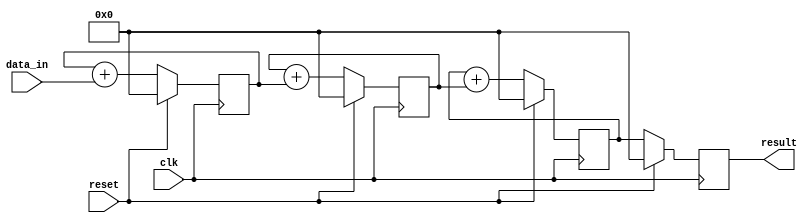
module cascaded_accumulator (
    input clk,
    input reset,
    input [7:0] data_in,
    output reg [15:0] result
);

reg [15:0] temp_result1;
reg [15:0] temp_result2;
reg [15:0] temp_result3;

always @(posedge clk) begin
    if (reset) begin
        temp_result1 <= 16'b0;
        temp_result2 <= 16'b0;
        temp_result3 <= 16'b0;
        result <= 16'b0;
    end else begin
        temp_result1 <= temp_result1 + data_in;
        temp_result2 <= temp_result2 + temp_result1;
        temp_result3 <= temp_result3 + temp_result2;
        result <= temp_result3;
    end
end

endmodule